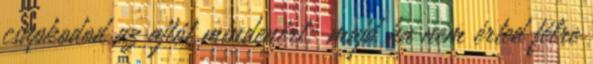
csapkodod az ajtót mindenért; majd ha nem érted félre